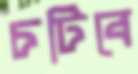
চটিবে